Papers set at the Examination for Leaving Certificates, 1891
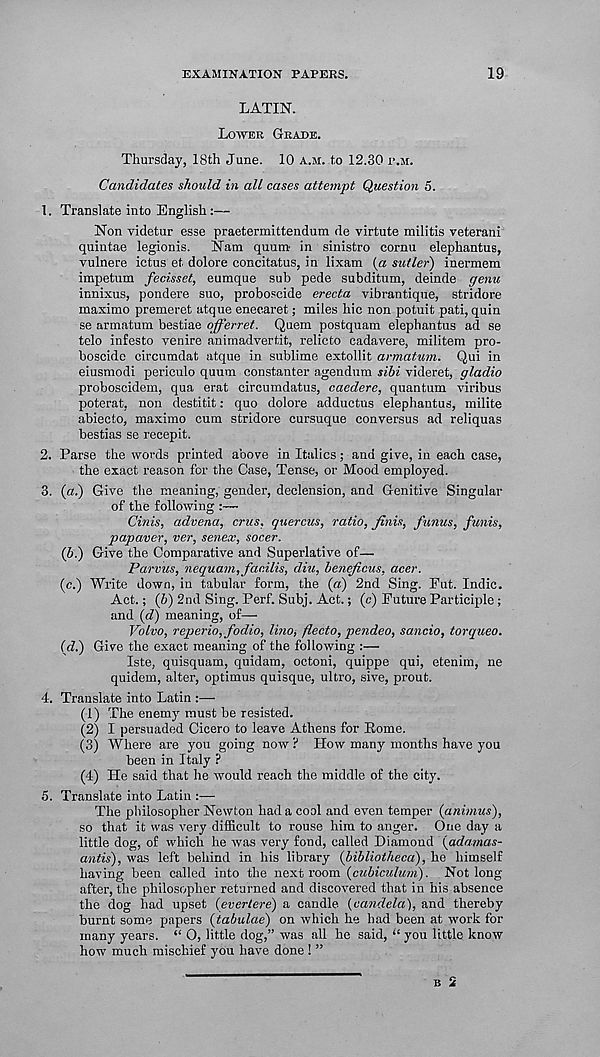
EXAMINATION PAPERS.
19
LATIN.
LOWER GRADE.
Thursday, 18th June. 10 A.M. to 12.30 I\M.
Candidates should in all cases attempt Question 5.
1. Translate into English :—
Non videtur esse praetermittendum de virtute militis veterani
quintae legionis.
Nam quum in sinistro cornu elephantus,
vulnere ictus et dolore concitatus, in lixam (a sutler) inermem
impetum fecisset, eumque sub pede subditum, deinde genu
innixus, pondere suo, proboscide erecta vibrantique, stridore
maximo premeret atque enecaret; miles hie non potuit pati, quin
se armatum bestiae offerret. Quem postquam elephantus ad se
telo infesto venire anirnadvertit, relicto cadavere, militem pro-
boscide circumdat atque in sublime extollit armatum. Qui in
eiusmodi periculo quum constanter agendum sibi videret, gladio
proboscidem, qua erat circumdatus, caedere, quantum viribus
poterat, non destitit: quo dolore adductus elephantus, milite
abiecto, maximo cum stridore cursuque conversus ad reliquas
bestias se recepit.
2. Parse the words printed above in Italics ; and give, in each case,
the exact reason for the Case, Tense, or Mood employed.
3. (a.) Give the meaning, gender, declension, and Genitive Singular
of the following :—
Cinis, advena, crus, quercus, ratio, finis, funus, funis,
papaver, ver, senex, socer.
(b.) Give the Comparative and Superlative of—
Parvus, nequam, fac.ilis, diu, beneficus, acer.
(c.) Write down, in tabular form, the (a) 2nd Sing. Put. Indie.
Act.; (6) 2nd Sing. Perf. Subj. Act.; (c) Future Participle;
and (fi) meaning, of—
Volvo, reperio,fodio, lino, flecto, pendeo, sancio, torqueo.
(d.) Give the exact meaning of the following :—
Iste, quisquam, quidam, octoni, quippe qui, etenim, ne
quidem, alter, optimus quisque, ultro, sive, prout.
4. Translate into Latin ;—
(1) The enemy must be resisted.
(2) I persuaded Cicero to leave Athens for Rome.
(3) Where are you going now ? How many months have you
been in Italy ?
(4) He said that he would reach the middle of the city.
5. Translate into Latin :—
The philosopher Newton had a cool and even temper (animus),
so that it was very difficult to rouse him to anger. One day a
little dog, of which he was very fond, called Diamond (adamas-
antis), was left behind in his library (bibliotheca), he himself
having been called into the next room (cubiculum). Not long
after, the philosopher returned and discovered that in his absence
the dog had upset (evertere) a candle, (candela), and thereby
burnt some papers (tabulae) on which he had been at work for
many years. “ O, little dog,” was all he said, “ you little know
how much mischief you have done ! ”
B 2